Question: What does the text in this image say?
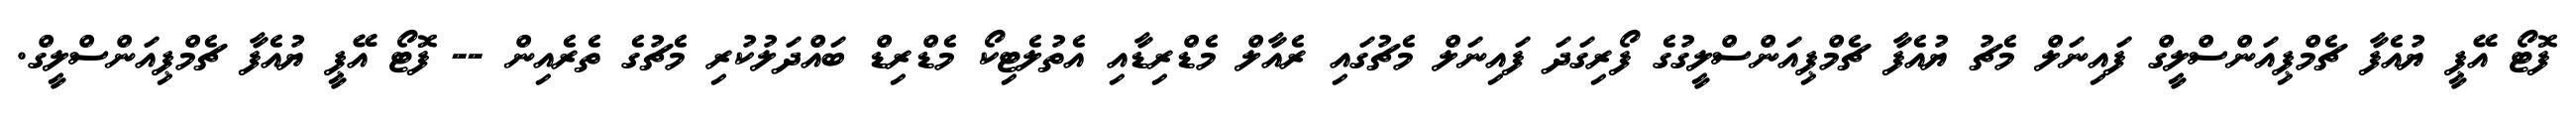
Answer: ފޮޓޯ އޭޕީ ޔުއެފާ ޗެމްޕިއަންސްލީގް ފައިނަލް މެޗު ޔުއެފާ ޗެމްޕިއަންސްލީގުގެ ފޯރިގަދަ ފައިނަލް މެޗުގައި ރެއާލް މެޑްރިޑާއި އެތުލެޓިކޯ މެޑްރިޑް ބައްދަލުކުރި މެޗުގެ ތެރެއިން -- ފޮޓޯ އޭޕީ ޔުއެފާ ޗެމްޕިއަންސްލީގް.